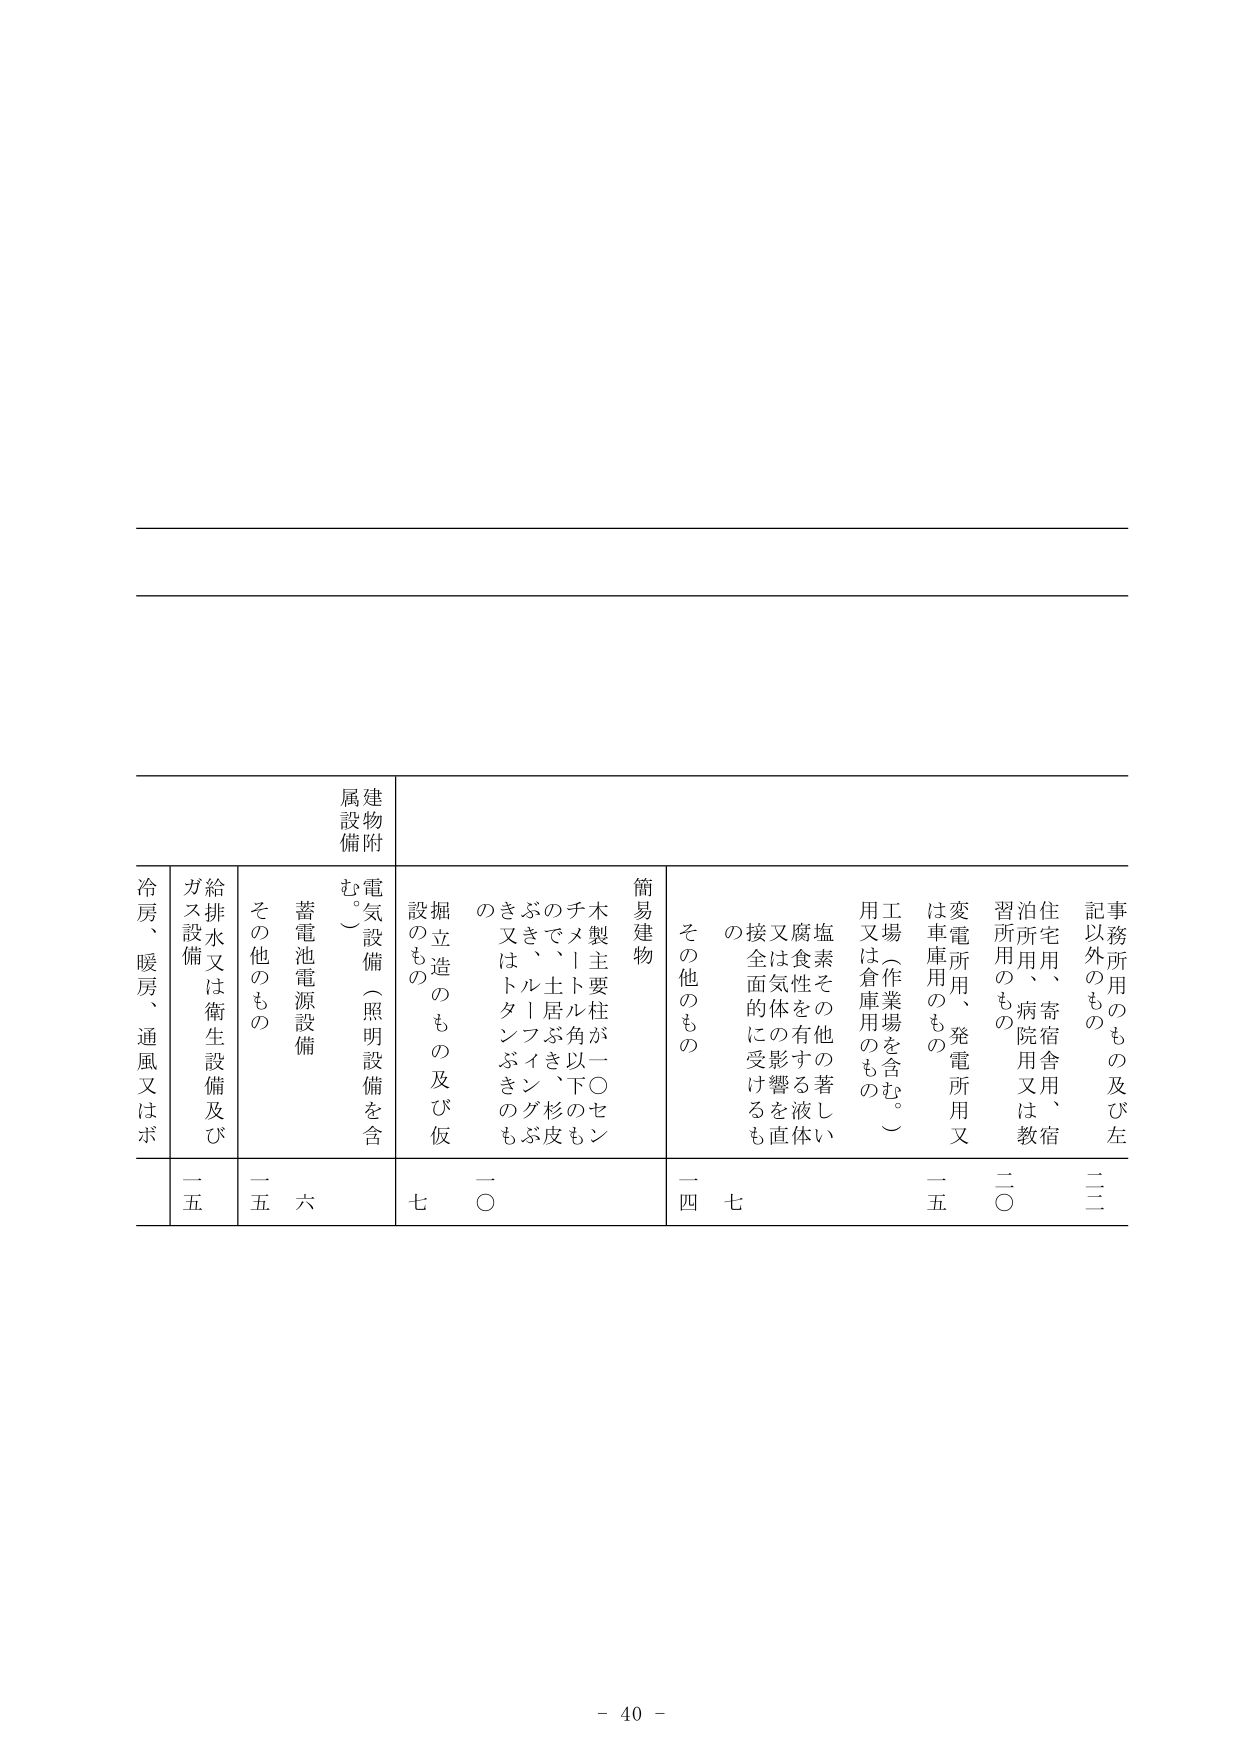
建物附属設備

事務所用のもの及び左記以外のもの
二二

住宅用、寄宿舎用、宿泊所用、病院用又は教習所用のもの
二〇

変電所用、発電所用又は車庫用のもの
二五

工場（作業場を含む。）用又は倉庫用のもの
塩素その他の著しい腐食性を有する液体又は気体の影響を直接的に受けるも
の
二四七

簡易建物
その他のもの

木製主柱が一〇センチメートル角以下のも
ので、土居ぶき、杉皮ぶき、ルーフィングぶ
き又はトタンぶきのも
掘立造のもの及び仮設のもの
一〇

電気設備（照明設備を含む。）
蓄電池電源設備
その他のもの
二五六

給排水又は衛生設備及びガス設備
冷房、暖房、通風又はボ
二五

- 40 -